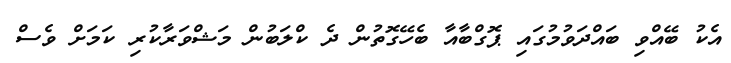
އެކު ބޭއްވި ބައްދަވުމުގައި ޕޮގްބާއާ ބެހޭގޮތުން ދެ ކްލަބުން މަޝްވަރާކުރި ކަމަށް ވެސް